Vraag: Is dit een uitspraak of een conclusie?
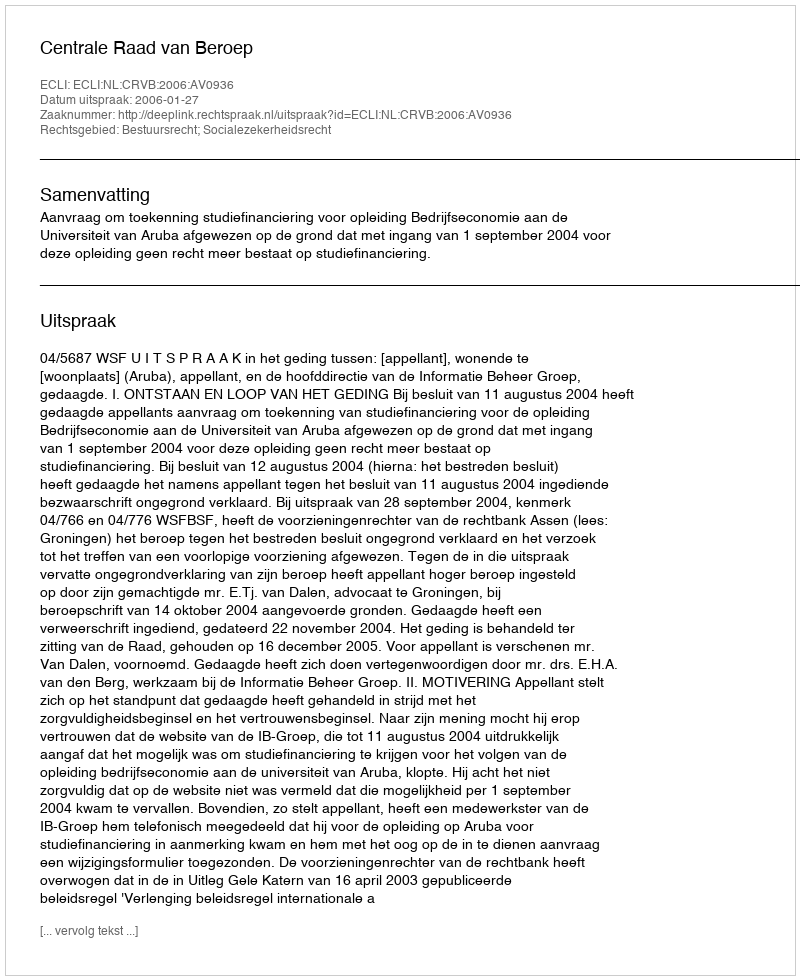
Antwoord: Uitspraak